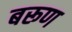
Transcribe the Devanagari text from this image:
बरूण